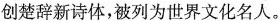
创楚辞新诗体，被列为世界文化名人。